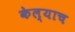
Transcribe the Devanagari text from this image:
केल्याच